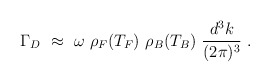
\begin{align*}\Gamma_D~\approx~\omega~\rho_F(T_F)~\rho_B(T_B)~\frac{d^3k}{(2\pi)^3}~ .\end{align*}